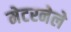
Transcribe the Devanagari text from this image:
मेटरनेले